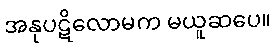
အနုပဋိလောမက မယူဆပေ။